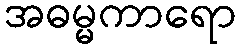
အဓမ္မကာရော